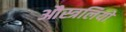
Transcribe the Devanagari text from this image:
औस्त्रलियो